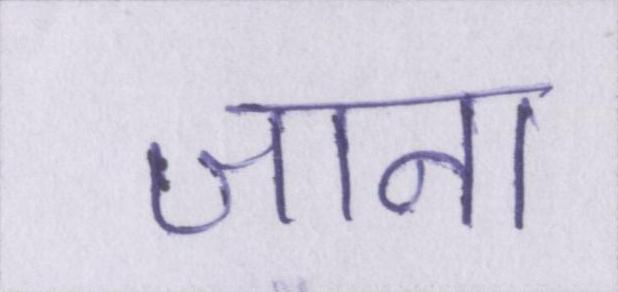
जाना